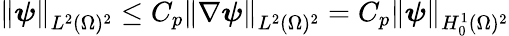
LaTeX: \left\lVert\boldsymbol{\psi}\right\rVert_{L^{2}(\Omega)^{2}}\leq C_{p}\left\lVert\nabla\boldsymbol{\psi}\right\rVert_{L^{2}(\Omega)^{2}}=C_{p}\left\lVert\boldsymbol{\psi}\right\rVert_{H_{0}^{1}(\Omega)^{2}}